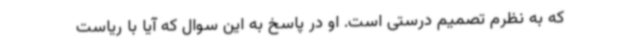
که به نظرم تصمیم درستی است. او در پاسخ به این سوال که آیا با ریاست